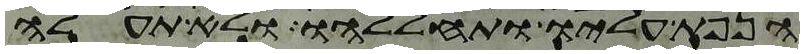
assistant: הנפת עליו ותחללהו ולא תעלה